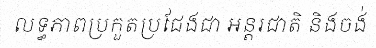
លទ្ធភាពប្រកួតប្រជែងជា អន្តរជាតិ និងចង់